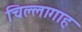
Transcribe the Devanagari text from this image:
चिल्लागाह